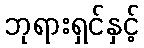
ဘုရားရှင်နှင့်